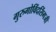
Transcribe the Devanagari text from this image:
गुरुगोविंदसिंगजी